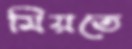
মিয়তে